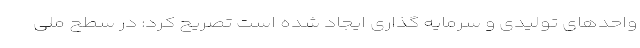
واحدهای تولیدی و سرمایه گذاری ایجاد شده است تصریح کرد: در سطح ملی